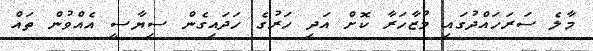
މާލެ ސަރަހައްދުގައި މުޒާހަރާ ކޮށް އަދި ހަރުގެ ހަދައިގެން ސިޔާސީ އެއްވުން ތައް